Report of the Indian Hemp Drugs Commission, 1894-1895 - Volume VI
Year: 1894
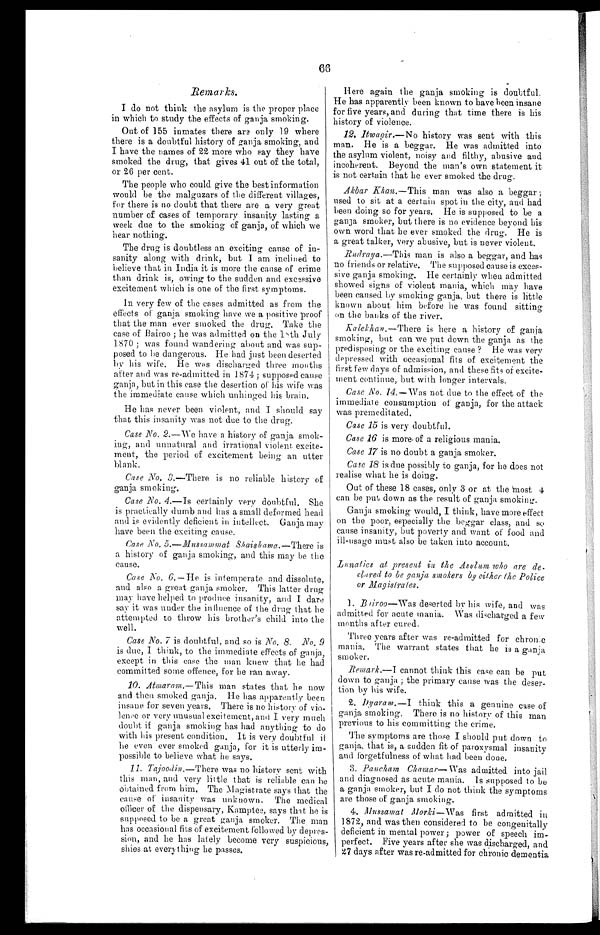
Remarks.
I do not think the asylum is the proper place
in which to study the effects of ganja smoking.
Out of 155 inmates there are only 19 where
there is a doubtful history of ganja smoking, and
I have the names of K2, more who say they have
smoked the drug, that gives 41 out of the total,
or 26 per cent.
The people who could give the best information
would lie the malgluzars of the different villages,
for there is no doubt that there are a very great
number of cases of temporary insanity lasting a.
week due to the smoking of ganja, of which we
hear nothing.
The drug is doubtless an exciting cause of in-
sanity along with drink, but I am inlined. to
believe that in India it is more the cause of crime
than drink is, owing to the sudden and excessive
excitement which is one of the first symptoms.
Ink very few of the cases admitted as from the
effects of ganja smoking have we a positive proof
that the man ever smoked the drug. Take the
case of Bairoo ; he was admitted on the 18th July
1570 ; was found wandering about and was sup-
posed to be dangerous. Hem had just been deserted
by his wife. He was discharged three months
after and was re-admitted in 1874 ; supposed cause
ganja, but in this case the desertion off his wife vas
the immediate cause which unhinged his brain,
He has never been violent, and I should say
that this insanity was not due to the drug.
Case No. 2.—We have a history of ganja smok-
ing, and unnatural and irrational violent excite-
ment, the period of excitement being an utter
blank.
—
Case No. 3 - . There is no reliable history of
ganja smoking.
Case No. 4.—Is certainly very doubtful. She
is practically dumb and has a small deformed head
and is evidently deficient in intellect. Ganja may
have been the exciting cause.
Case No. 5.—Mussammat Shaishama.—There is
a history of ganja smoking', and this may be the
cause.
Case No, 6.— He is intemperate and dissolute,
and also a great ganja smoker. This latter drug
may have helped to produce insanity, and I dare
sa y it was under the influence of the drug that he
attempted to throw his brother's child into the
well.
Case No. 7 is doubtful, and so is No. 8. No. 9
is due, I think, to the immediate effects of ganja,
except in this case the man knew that lie had
committed some offence, for lie ran away.
10. Atmaram.—This man states that he now
and then smoked ganja. He has apparently been
insane for seven years. There is no history of via-
lem'e or very unusual excitement, and I very much
doubt doubt if ganja smoking has had anything to do
with his present condition, It is very doubtful it
he even ever smoked ganja, for it is utterly im-
possible to believe what he says.
11. Tajoodin.—There was no history sent with
this man, and very little that is reliable can be
oi)tained from him. The Magistrate says that the
cause of insanity was unknown. The medical
officer of the dispensary, Kamptee, says that is
supposed to be a great ganja smoker. The mar
has occasional fits of excitement followed by depres,
s i o n , a n d h e h a s l a t e l y b e c o m ev
e r y s u s p i c i o u s
shies at every thing he passes,
Here again the ganja smoking is doubtful,
He has apparently been known to have been insane
for five years, and during that time there is his
history of violence.
12.
Itwagir.—No history was sent with this
man. He is a beggar. He was admitted into
the asylum violent, noisy and filthy, abusive and
incoherent. Beyond the man's own statement it
is not certain that he ever smoked the drug.
Ak6ar Khan.—This man was also a beggar ;
used to sit at a certain spot Ain the city, and had
been doing so for years. He is supposed to be a
gaup, smoker, but there is no evidence beyond his
own word that he ever smoked the drug. He is
a great talker, very abusive, but is never violent.
Rudraya.—This man is also a beggar, and has
no friends or relative. The supposed cause is exces-
sive ganja smoking. He certainly when admitted
showed signs of violent mania, which may have
been caused by smoking ganja, but there is little
known about him before hem was found sitting
on the banks of the river.
Kalekhan.—There is here a history of gania
smoking, but can we put clown the ganja as the
predisposing or the exciting cause ? He was very
depressed with occasional fits of excitement the
first few days of admission, and these fits of excite-
ment continue, but with longer intervals.
Case No. 14.—Was not due to the effect of the
immediate consumption of ganja, for the attack
was premeditated.
Case 15 is very doubtful.
Case 16 is Dore. of a religious mania.
Case 17 is no doubt a ganja smoker.
Case 18 is due possibly to ganja, for he does not
realise what he is doing.
Out of these 18 cases, only 3 or at the Most 4
can be put down as the result of ganja smoking.
Ganja smoking would, I think, have more effect
on the poor, especially the beggar class, and so
cause insanity, but poverty and want of food and
ill-usage must also be taken into account.
Lunatics at present in the Asylum who are de.
c l a r e d t o b e g a n j a s m o k e r s 6 y e i t h e r t h e P o l i c e
or _Magistrates.
1. Bairoo—Was deserted by his wife, and was
admitted for acute mania. Was discharged a few
months after cured.
Three years after was re-admitted for chrome
mania. The warrant states that lie is a ganja
smoker.
Remark.—I cannot think this case cat be put
down to ganja ; the primary cause was the deser-
tion by his wife.
2. Dyaram.—I think this a genuine case of
l ganja smoking, There is no history of this man
previous to his committing the crime.
The symptoms are those I should put down to
ganja, that is, a sudden fit of paroxysmal insanity
and forgetfulness of what had been done.
3. Pancham Chamar—Was admitted into jail
and diagnosed as acute mania, Is supposed to be
;
a ganja smoker, but I do not think the symptoms
[ are those of ganja smoking.
is
. Mussamat Morki—Was first admitted Ain
1872, and was then considered to be congenitally
deficient in mental power; power of speech imp-
, perfect. Five years after she was discharged, and
27 days after was re-admitted for chronic dementia